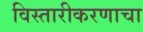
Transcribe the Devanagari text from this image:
विस्तारीकरणाचा